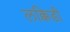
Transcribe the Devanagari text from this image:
लक्किडी